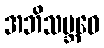
အဘိသမ္ဘဝေ